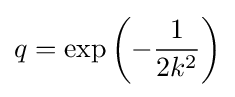
q=\exp \left(-{\frac {1}{2k^{2}}}\right)